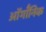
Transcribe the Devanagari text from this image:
ऑर्गॉनिक